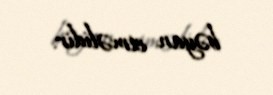
bəyan etməlidir.